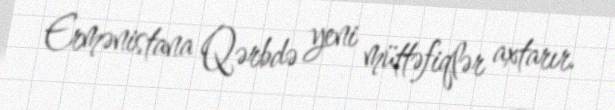
Ermənistana Qərbdə yeni müttəfiqlər axtarır.